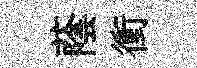
蔭衝